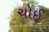
ચોઈ